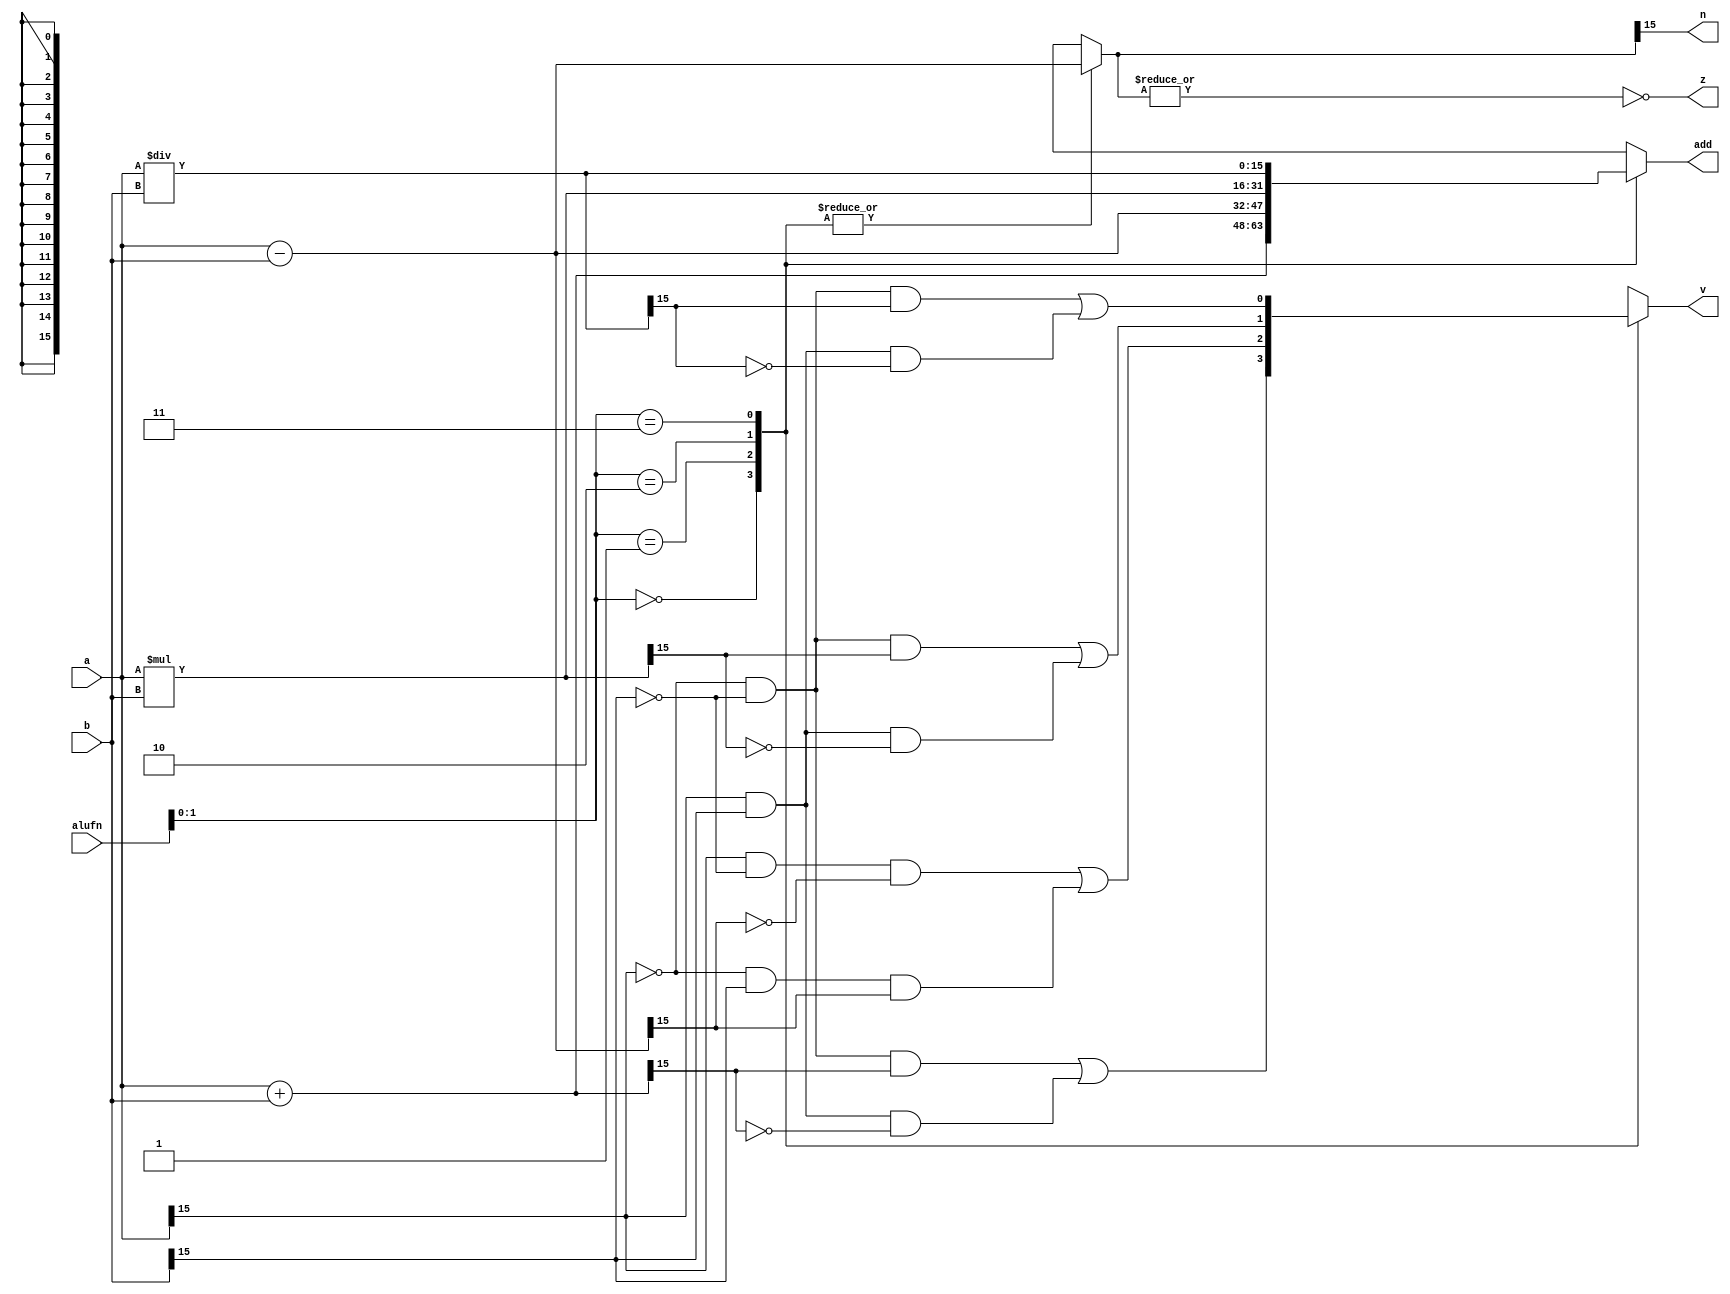
module adder16b_7 (
    input [15:0] a,
    input [15:0] b,
    input [5:0] alufn,
    output reg [15:0] add,
    output reg z,
    output reg v,
    output reg n
  );
  
  
  
  reg [15:0] adder;
  
  reg [15:0] subber;
  
  reg overflow;
  
  always @* begin
    
    case (alufn[0+1-:2])
      2'h0: begin
        adder = a + b;
        subber = a - b;
        overflow = (~a[15+0-:1] & ~b[15+0-:1] & adder[15+0-:1]) | (a[15+0-:1] & b[15+0-:1] & ~adder[15+0-:1]);
      end
      2'h1: begin
        adder = a - b;
        subber = a - b;
        overflow = (a[15+0-:1] & ~b[15+0-:1] & ~subber[15+0-:1]) | (~a[15+0-:1] & b[15+0-:1] & subber[15+0-:1]);
      end
      2'h2: begin
        adder = a * b;
        subber = a - b;
        overflow = (~a[15+0-:1] & ~b[15+0-:1] & adder[15+0-:1]) | (a[15+0-:1] & b[15+0-:1] & ~adder[15+0-:1]);
      end
      2'h3: begin
        adder = a / b;
        subber = a - b;
        overflow = (~a[15+0-:1] & ~b[15+0-:1] & adder[15+0-:1]) | (a[15+0-:1] & b[15+0-:1] & ~adder[15+0-:1]);
      end
      default: begin
        adder = a + b;
        subber = a - b;
        overflow = 1'h0;
      end
    endcase
    z = (~|subber);
    n = subber[15+0-:1];
    add = adder;
    v = overflow;
  end
endmodule